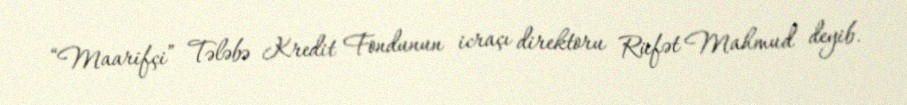
“Maarifçi” Tələbə Kredit Fondunun icraçı direktoru Rüfət Mahmud deyib.